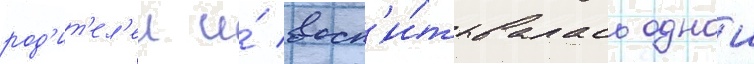
род'ит'ел'еи и́ восп'и́тывалась однои